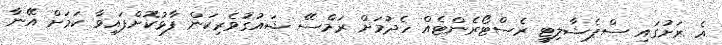
އެ ރަށުގައި ސްޕެޝާލިޓީ ރެސްޓޯރެންޓެއް ހެދުމަށް ރަމްސޭ ޝައުގުވެރިކަން ފާޅުކޮށްފައިވާ ކަމަށް އޭނާ